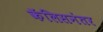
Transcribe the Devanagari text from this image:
कॅलिसनंतर